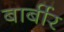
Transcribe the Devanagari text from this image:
बार्बीर